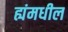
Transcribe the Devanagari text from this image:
ह्यंमधील